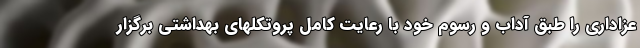
عزاداری را طبق آداب و رسوم خود با رعایت کامل پروتکلهای بهداشتی برگزار